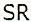
SR